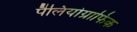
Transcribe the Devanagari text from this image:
पैलियोग्राफिक